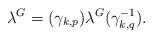
\begin{align*} \lambda^{G} = ({\gamma}_{k,p}) \lambda^{G} ({\gamma}_{k,q}^{-1}).\end{align*}